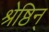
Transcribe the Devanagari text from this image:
श्रेष्ठिन्